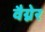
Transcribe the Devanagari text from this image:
वैग्नेर